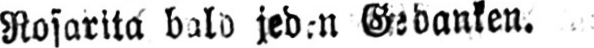
Gedanken.